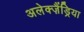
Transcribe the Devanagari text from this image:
अलेक्ज़ैंड्रिया